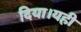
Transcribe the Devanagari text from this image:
दिया।यही